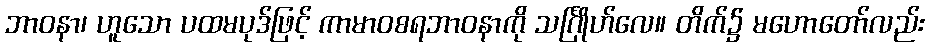
ဘာဝနာ၊ ဟူသော ပထမပုဒ်ဖြင့် ကာမာဝစရဘာဝနာကို သင်္ဂြိုဟ်လေ။ တိက်၌ မဟောတော်လည်း